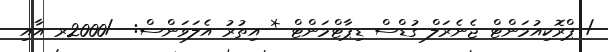
/ ޕްރޮކިއުމަންޓް ޖެނެރަލް ގުޑްސް ޑިޕާޓްމަންޓް * އިތުރު އެލަވަންސް: -/2000ރ އާއި